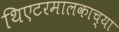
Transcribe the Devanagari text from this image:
थिएटरमालकाच्या